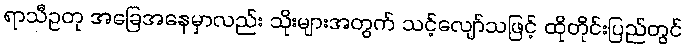
ရာသီဥတု အခြေအနေမှာလည်း သိုးများအတွက် သင့်လျော်သဖြင့် ထိုတိုင်းပြည်တွင်